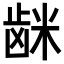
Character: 𮇦